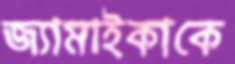
জ্যামাইকাকে